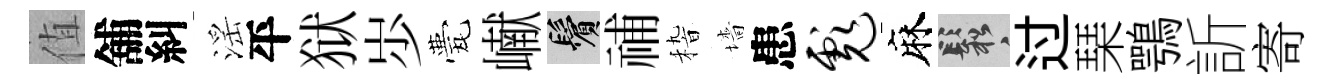
值舖糾滛平狱𡵯甍𪩘鬢𥙷𥟵墻患彪麻鬆过琹鶚訢寄